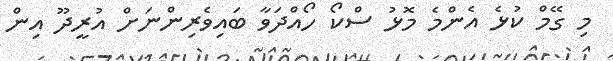
މި ގޭމް ކުޅެ އެންމެ މޮޅު ސްކޯ ހޯއްދަވާ ބައިވެރިންނަށް އުރީދޫ އިން